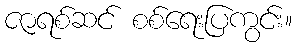
ဇာရစ်ဆင် စစ်ရေးပြကွင်း။